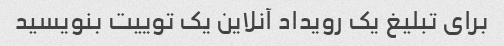
برای تبلیغ یک رویداد آنلاین یک توییت بنویسید